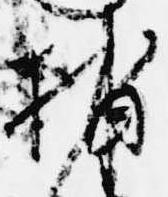
捕